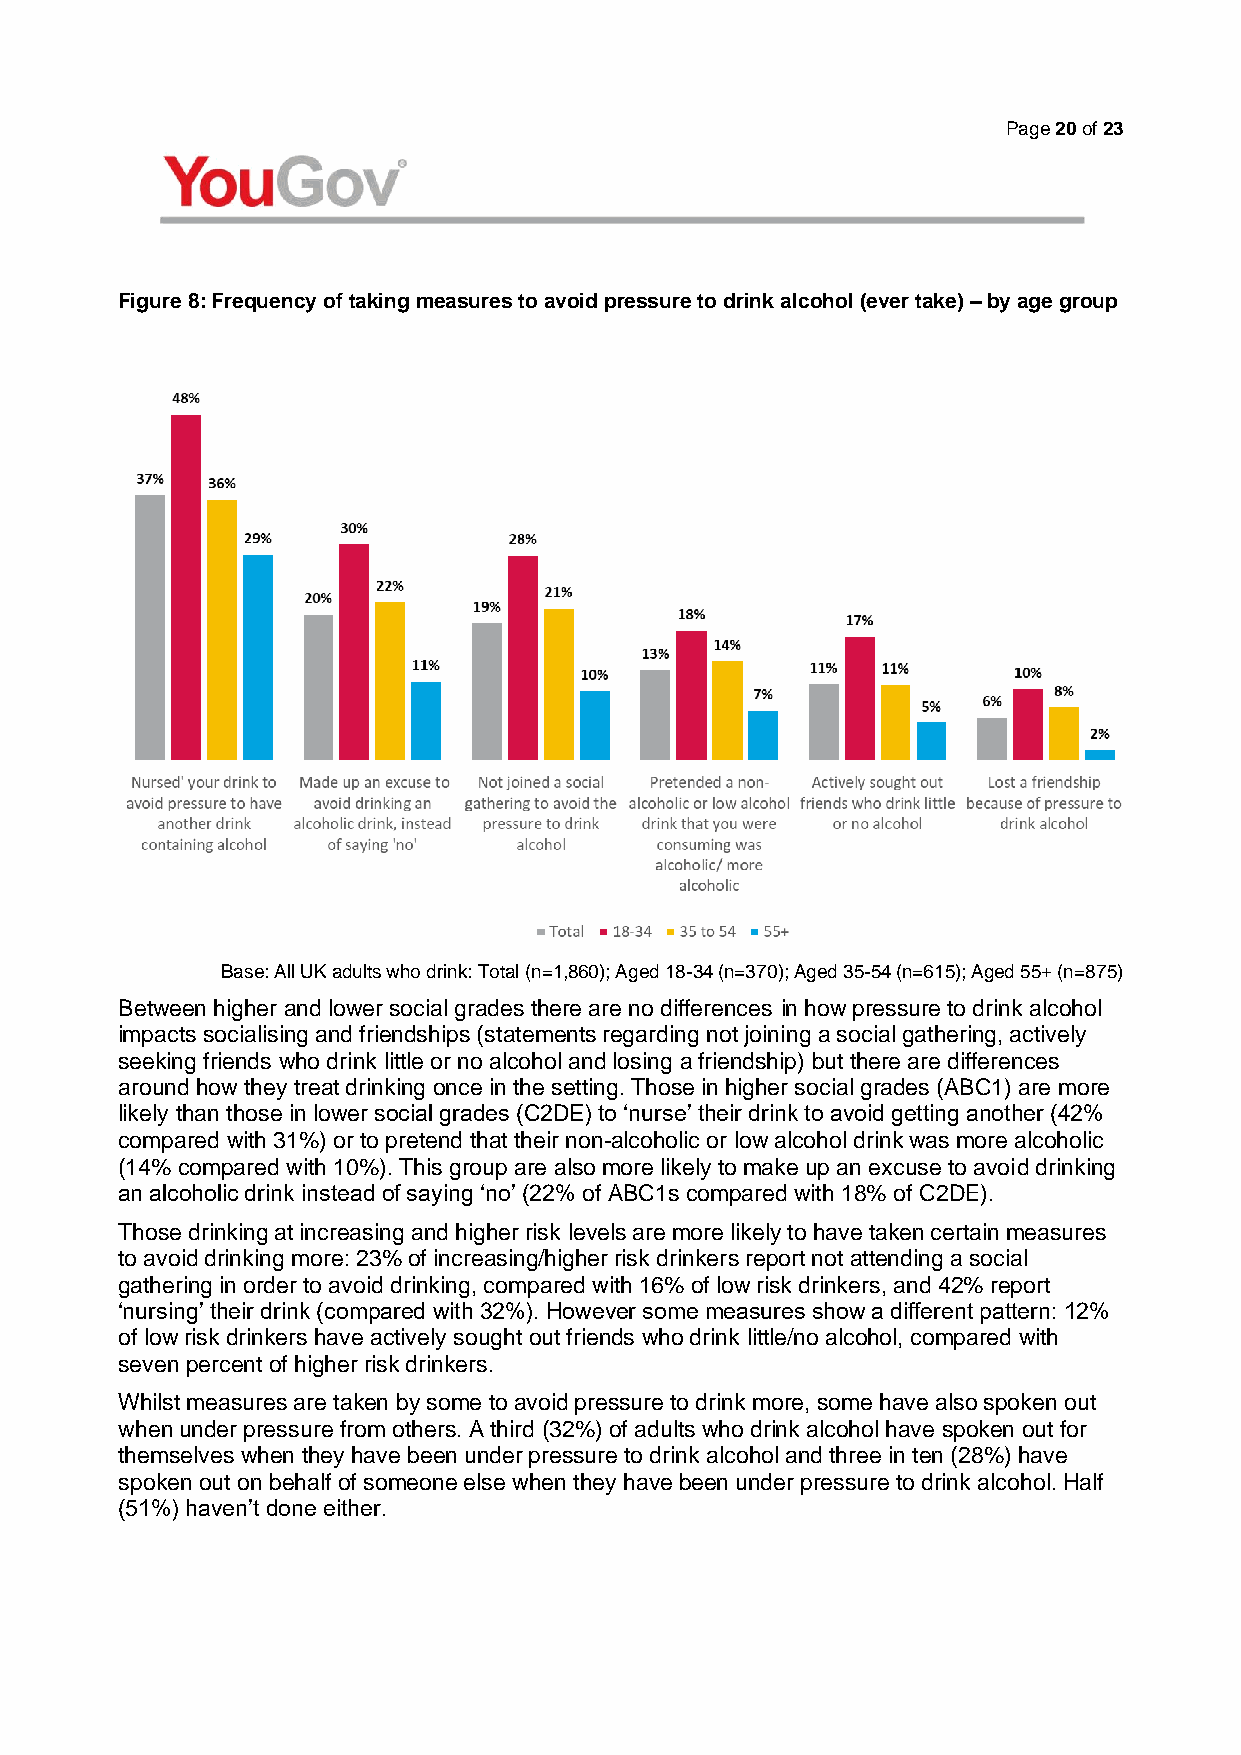
Page 20 of 23
 Figure 8: Frequency of taking measures to avoid pressure to drink alcohol (ever take) – by age group
 Base: All UK adults who drink: Total (n=1,860); Aged 18-34 (n=370); Aged 35-54 (n=615); Aged 55+ (n=875)
 Between higher and lower social grades there are no differences in how pressure to drink alcohol
 impacts socialising and friendships (statements regarding not joining a social gathering, actively
 seeking friends who drink little or no alcohol and losing a friendship) but there are differences
 around how they treat drinking once in the setting. Those in higher social grades (ABC1) are more
 likely than those in lower social grades (C2DE) to ‘nurse’ their drink to avoid getting another (42%
 compared with 31%) or to pretend that their non-alcoholic or low alcohol drink was more alcoholic
 (14% compared with 10%). This group are also more likely to make up an excuse to avoid drinking
 an alcoholic drink instead of saying ‘no’ (22% of ABC1s compared with 18% of C2DE).
 Those drinking at increasing and higher risk levels are more likely to have taken certain measures
 to avoid drinking more: 23% of increasing/higher risk drinkers report not attending a social
 gathering in order to avoid drinking, compared with 16% of low risk drinkers, and 42% report
 ‘nursing’ their drink (compared with 32%). However some measures show a different pattern: 12%
 of low risk drinkers have actively sought out friends who drink little/no alcohol, compared with
 seven percent of higher risk drinkers.
 Whilst measures are taken by some to avoid pressure to drink more, some have also spoken out
 when under pressure from others. A third (32%) of adults who drink alcohol have spoken out for
 themselves when they have been under pressure to drink alcohol and three in ten (28%) have
 spoken out on behalf of someone else when they have been under pressure to drink alcohol. Half
 (51%) haven’t done either.